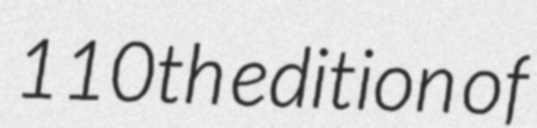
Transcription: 110th edition of